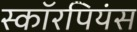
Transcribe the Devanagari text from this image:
स्कॉरपियंस